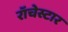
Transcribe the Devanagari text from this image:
रॉचेस्टार